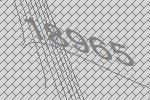
18965